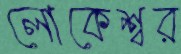
লোকেশ্বর